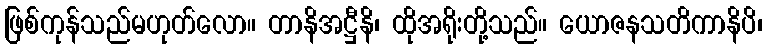
ဖြစ်ကုန်သည်မဟုတ်လော။ တာနိအဋ္ဌီနိ၊ ထိုအရိုးတို့သည်။ ယောဇနသတိကာနိပိ၊